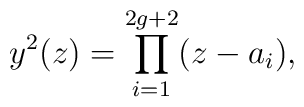
y^2(z) = \prod_{i=1}^{2g+2} ( z - a_i),